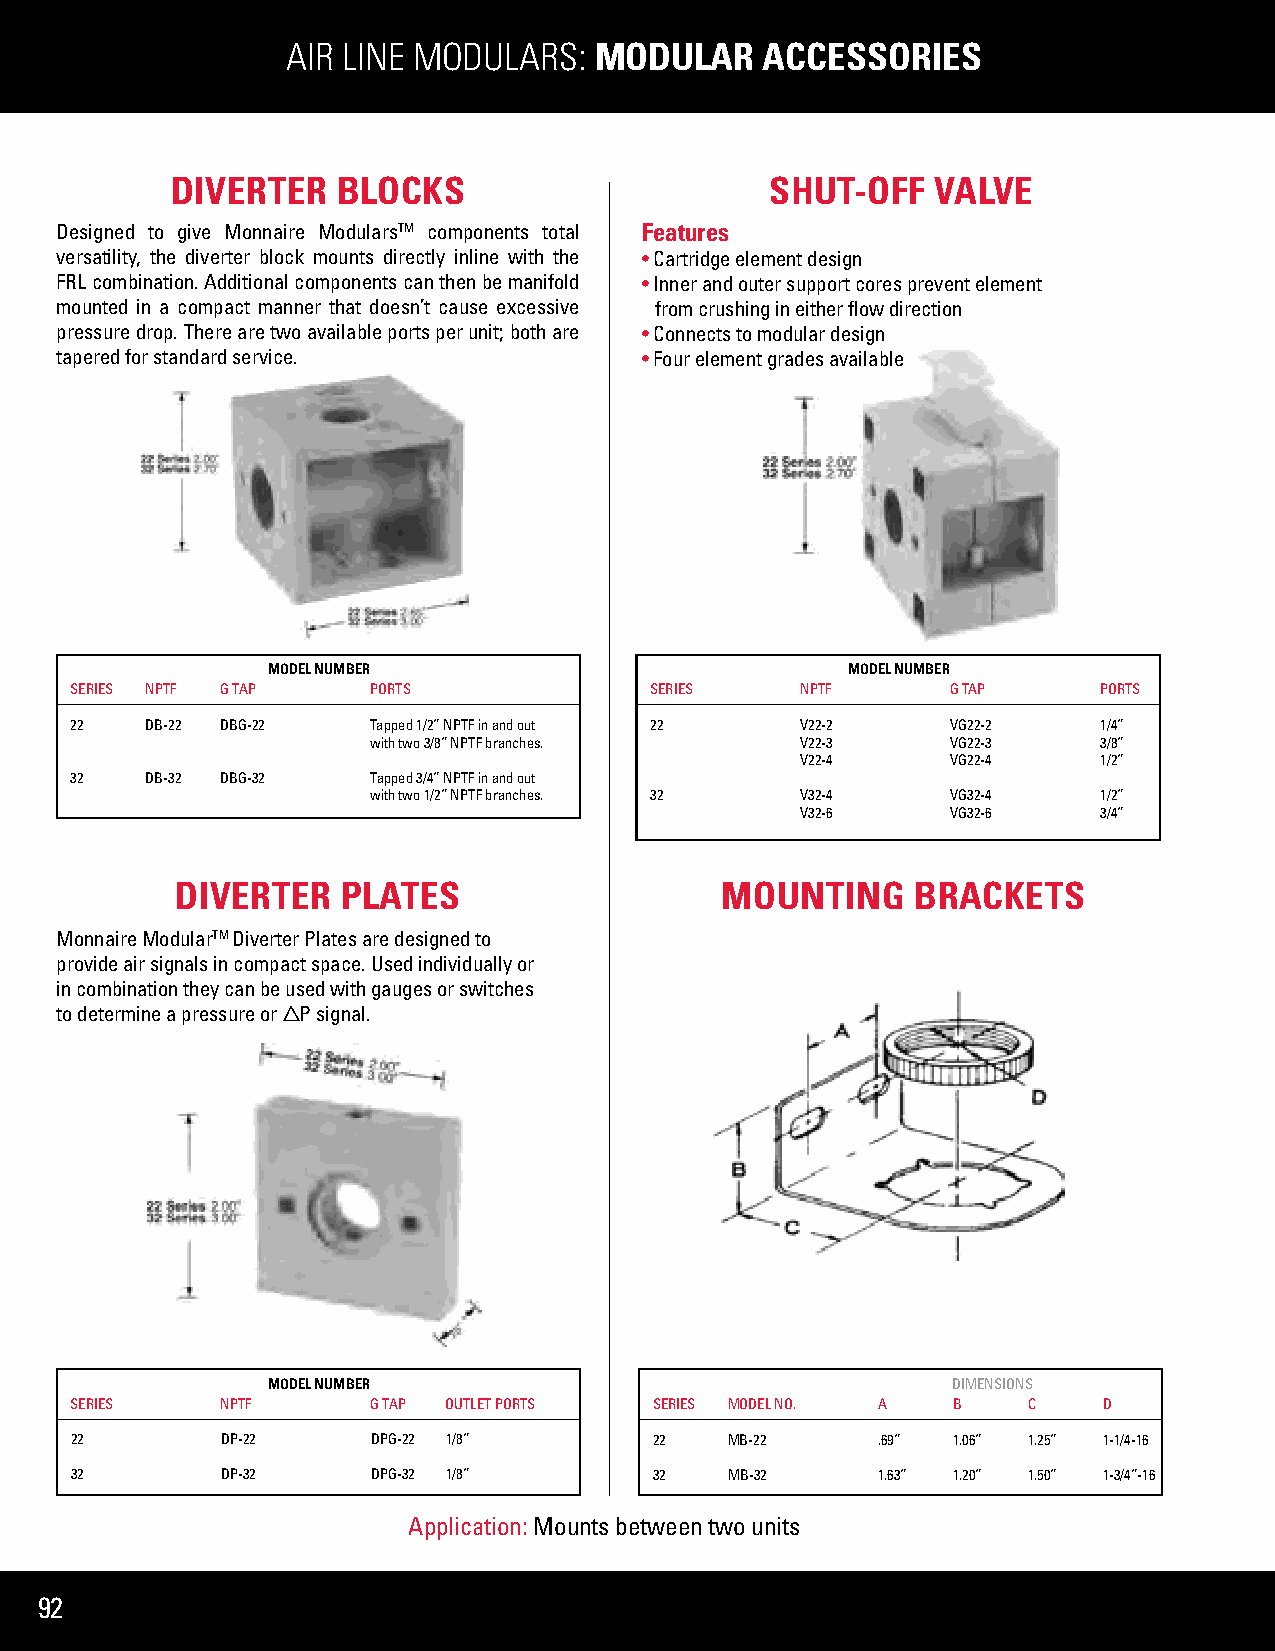
AIR LINE MODULARS:  MODULAR     ACCESSORIES
 DIVERTER   BLOCKS                       SHUT-OFF   VALVE
 Designed to give Monnaire ModularsTM components total Features
 versatility, the diverter block mounts directly inline with the • Cartridge element design
 FRL combination. Additional components can then be manifold • Inner and outer support cores prevent element
 mounted in a compact manner that doesn’t cause excessive from crushing in either flow direction
 pressure drop. There are two available ports per unit; both are • Connects to modular design
 tapered for standard service.         • Four element grades available
 MODEL NUMBER                          MODEL NUMBER
 SERIES NPTF G TAP   PORTS             SERIES    NPTF      G TAP     PORTS
 22   DB-22 DBG-22   Tapped 1/2” NPTF in and out 22 V22-2  VG22-2    1/4”
 with two 3/8” NPTF branches. V22-3    VG22-3    3/8”
 V22-4     VG22-4    1/2”
 32   DB-32 DBG-32   Tapped 3/4” NPTF in and out
 with two 1/2” NPTF branches. 32 V32-4 VG32-4    1/2”
 V32-6     VG32-6    3/4”
 DIVERTER   PLATES                   MOUNTING     BRACKETS
 Monnaire ModularTM Diverter Plates are designed to
 provide air signals in compact space. Used individually or
 in combination they can be used with gauges or switches
 to determine a pressure or  P signal.
 MODEL NUMBER                                 DIMENSIONS
 SERIES    NPTF      G TAP OUTLET PORTS SERIES MODEL NO. A B    C    D
 22        DP-22     DPG-22 1/8”       22   MB-22     .69” 1.06” 1.25” 1-1/4-16
 32        DP-32     DPG-32 1/8”       32   MB-32     1.63” 1.20” 1.50” 1-3/4”-16
 Application: Mounts between two units
 92